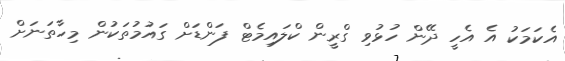
އެކަމަކު އެ އެހީ ދޭން ހުޅުވި ގްރީން ކްލައިމެޓް ފަންޑަށް ގައުމުތަކުން މިހާތަނަށް